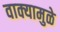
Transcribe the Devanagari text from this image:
वाक्यामुळे